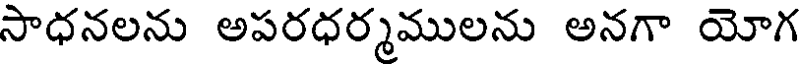
సాధనలను అపరధర్మములను అనగా యోగ